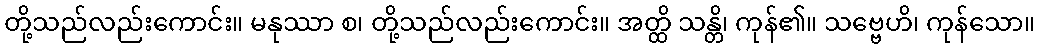
တို့သည်လည်းကောင်း။ မနုဿာ စ၊ တို့သည်လည်းကောင်း။ အတ္ထိ သန္တိ၊ ကုန်၏။ သဗ္ဗေဟိ၊ ကုန်သော။